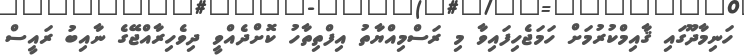
ހަނިމާދޫގައި ޤާއިމްކުރުމަށް ހަމަޖެހިފައިވާ މި ރަސްމިއްޔާތު އިފްތިތާހު ކޮށްދެއްވީ ދިވެހިރާއްޖޭގެ ނާއިބު ރައީސް